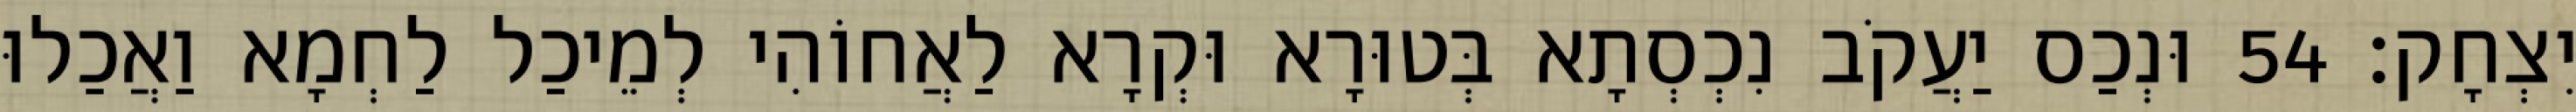
יִצְחָק׃ 54 וּנְכַס יַעֲקֹב נִכְסְתָא בְּטוּרָא וּקְרָא לַאֲחוֹהִי לְמֵיכַל לַחְמָא וַאֲכַלוּ